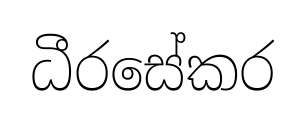
ධීරසේකර